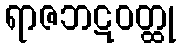
ရာဇဘဋဝတ္ထု